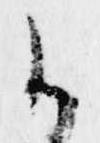
御